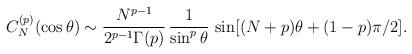
LaTeX: \begin{align*}C_N^{(p)}(\cos\theta) \sim {N^{p-1}\over 2^{p-1} \Gamma(p)}\,{1\over\sin^p\theta}\,\sin[(N+p)\theta + (1-p)\pi/2].\end{align*}